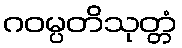
ဂဝမ္ပတိသုတ္တံ